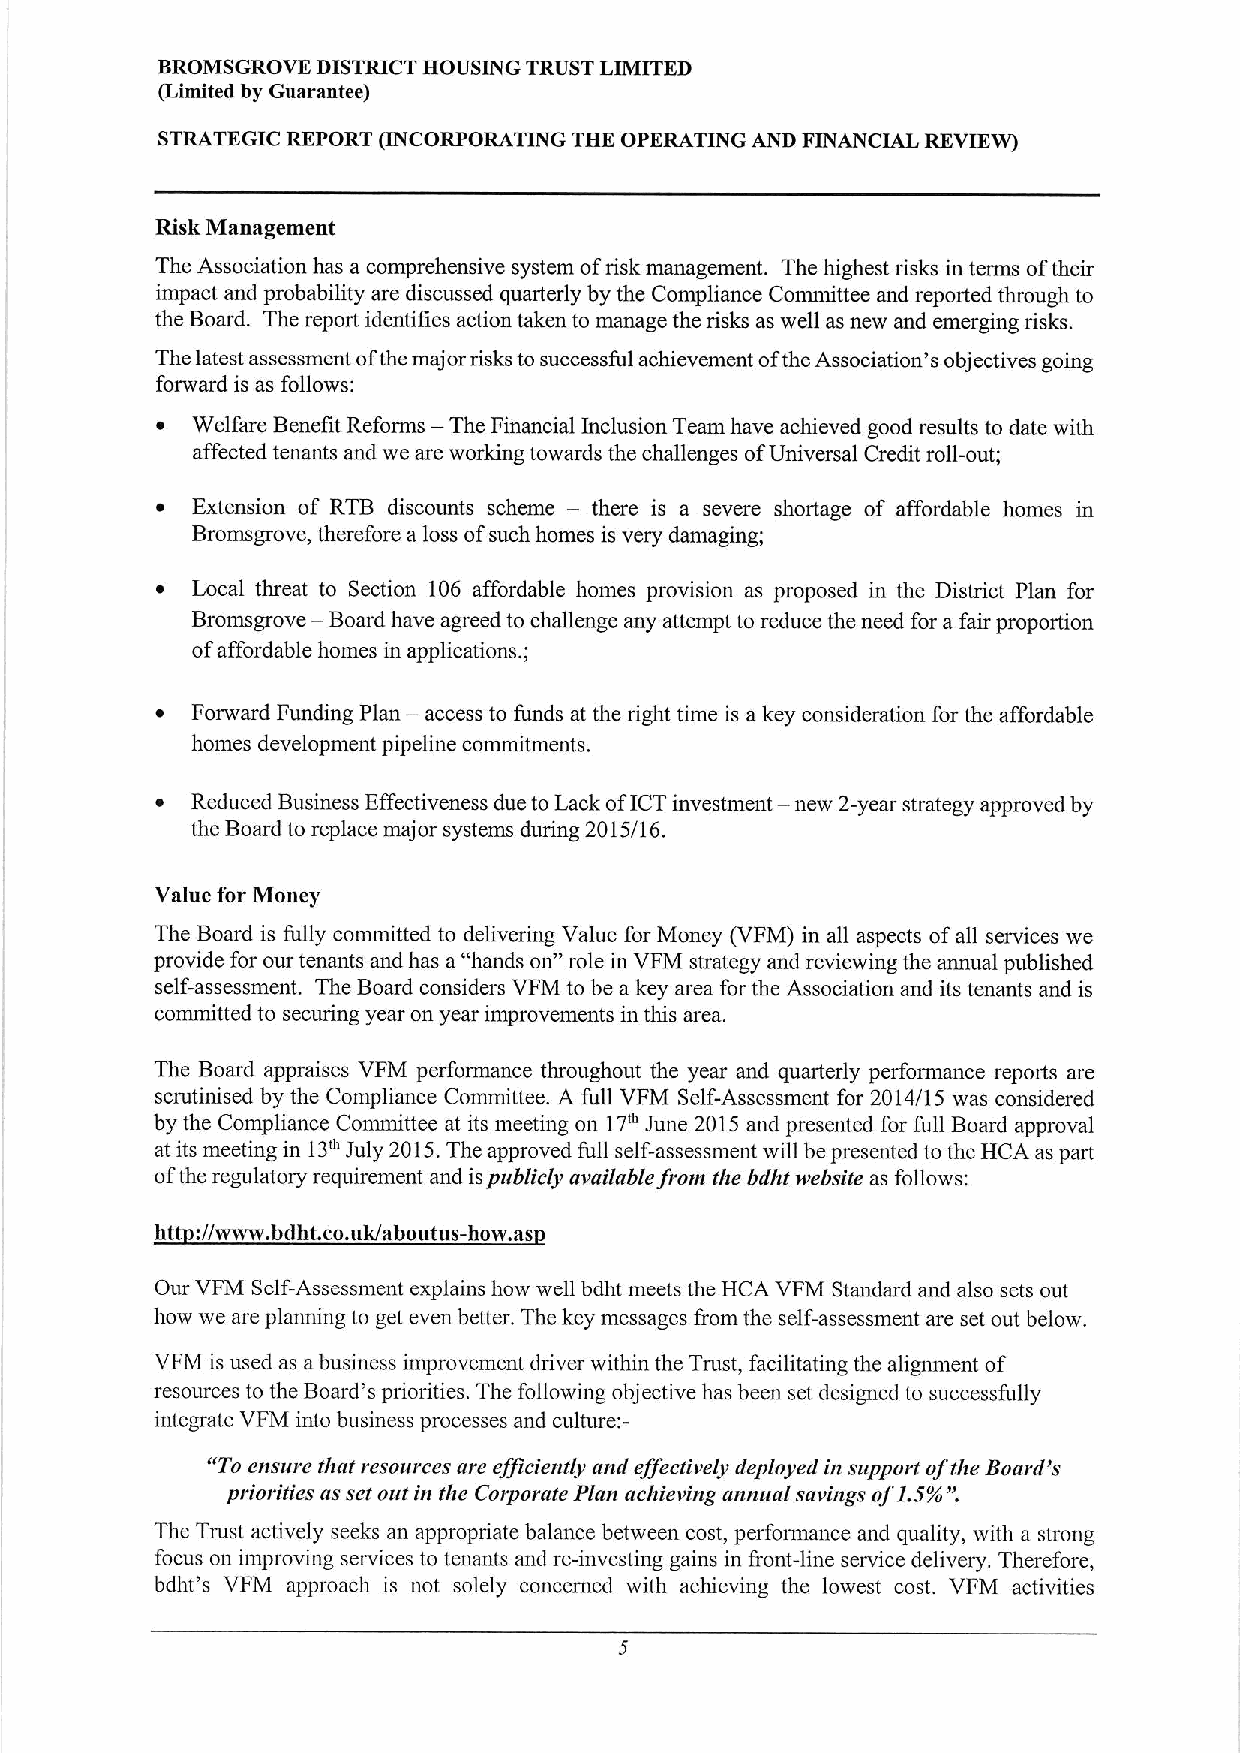
BROMSGROVE DISTRICT HOUSING TRUST LIMITED
 (Limited by Guarantee)
 STRATEGIC REPORT IINCORPORATING THE OPERATING AND FINANCIAL REVIEW)
 Risk Management
 The Association has a comprehensive system ofrisk management. The highest risks in terms oftheir
 impact and probability are discussed quarterly by the Compliance Committee and reported through to
 the Board. The report identifies action taken to manage the risks as well as new and emerging risks.
 The latest assessment ofthe major risks to successful achievement ofthc Association' sobjectives going
 forward is as follows:
 —
 ~  Welfare Benefit Reforms The Financial Inclusion Team have achieved good residts to date with
 affected tenants and we are working towards the challenges ofUniversal Credit roll-out;
 ~  Extension of RTB discounts scheme — there is a severe shortage of affordable homes in
 Bromsgrove, therefore a loss ofsuch homes is very damaging;
 ~  Local threat to Section 106 affordable homes provision as proposed in the Dissect Plan for
 —
 Bromsgrove Board have agreed to challenge any attempt to reduce the need for a fair proportion
 ofaffordable homes in applications. ;
 —
 ~  Forward Funding Plan access to funds at the right time is a key consideration for the affordable
 homes development pipeline commitments.
 ~  Reduced Business Effectiveness due to Lack ofICTinvestment — new 2-year strategy approved by
 the Board to replace major systems during 2015/16.
 Value for Money
 The Board is fully committed to delivering Value for Money (VFM) in all aspects ofall services we
 provide for our tenants and has a "hands on"role in VFM strategy and reviewing the annual published
 self-assessment. The Board considers VFM to be a key area for the Association and its tenants and is
 committed to securing year on year improvements in this area.
 The Board appraises VFM performance throughout the year and quarterly performance reports are
 scrutinised by the Compliance Committee. A full VFM Self-Assessment for 2014/15 was considered
 17'
 by the Compliance Committee at its meeting on June 2015 and presented for full Board approval
 at its meeting in 13m July 2015.The approved full self-assessment will bepresented to the HCA as part
 ofthe regulatory requirement and ispublicly available from the bdht rvebsite as follows:
 htt://www. bdht. co.uk/aboutus-how. as
 Our VFM Self-Assessment explains how well bdht meets the HCA VFM Standard and also sets out
 how we are planning to get even better. The key messages from the self-assessment are set out below.
 VFM is used as abusiness improvement driver within the Trust, facilitating the alignment of
 resources to the Board's priorities. The following objective has been set designed to successfully
 integrate VFM into business processes and culture:-
 "Toensure that resources are efficiently and effectively deployed in support ofthe Board's
 priorities asset outin the Corporate Plan achieving annual savings of1.5%".
 The Trust actively seeks an appropriate balance between cost, performance and quality, with a strong
 focus on improving services to tenants and re-investing gains in front-line service delivery. Therefore,
 bdht's VFM approach is not solely concerned with achieving the lowest cost. VFM activities